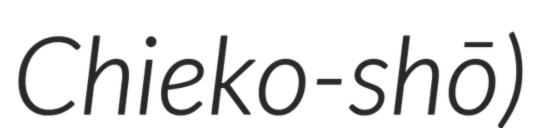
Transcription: Chieko-shō)